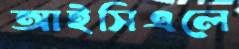
আইসিএলে